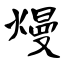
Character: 熳